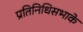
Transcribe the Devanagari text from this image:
प्रतिनिधिसभाके